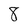
Character: 8